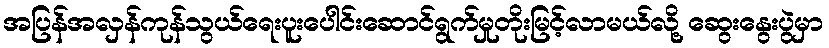
အပြန်အလှန်ကုန်သွယ်ရေးပူးပေါင်းဆောင်ရွက်မှုတိုးမြင့်လာမယ်လို့ ဆွေးနွေးပွဲမှာ